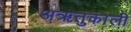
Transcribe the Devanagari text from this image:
अऋतुकाली